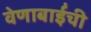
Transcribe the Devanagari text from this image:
वेणाबाईंची